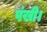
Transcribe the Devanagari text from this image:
पंखी।